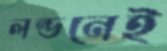
লন্ডনেই